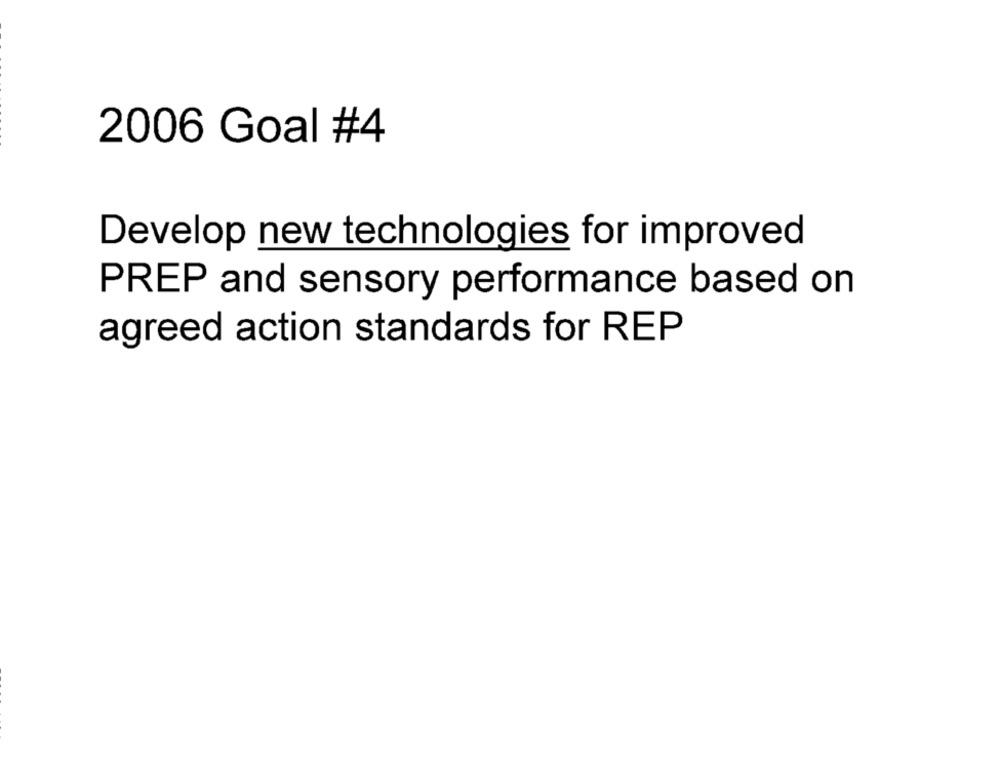
2006 Goal #4
Develop new technologies for improved
PREP and sensory performance based on
agreed action standards for REP